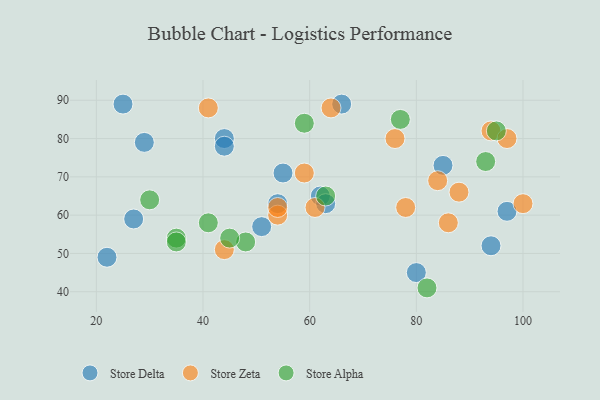
{"axis": {"x": "GDP", "y": "Life Expectancy"}, "legend": ["Store Alpha", "Store Delta", "Store Zeta"], "data": [{"x": "80", "y": 45, "type": "Store Delta"}, {"x": "25", "y": 89, "type": "Store Delta"}, {"x": "22", "y": 49, "type": "Store Delta"}, {"x": "44", "y": 80, "type": "Store Delta"}, {"x": "66", "y": 89, "type": "Store Delta"}, {"x": "85", "y": 73, "type": "Store Delta"}, {"x": "97", "y": 61, "type": "Store Delta"}, {"x": "27", "y": 59, "type": "Store Delta"}, {"x": "62", "y": 65, "type": "Store Delta"}, {"x": "63", "y": 63, "type": "Store Delta"}, {"x": "55", "y": 71, "type": "Store Delta"}, {"x": "44", "y": 78, "type": "Store Delta"}, {"x": "54", "y": 63, "type": "Store Delta"}, {"x": "94", "y": 52, "type": "Store Delta"}, {"x": "51", "y": 57, "type": "Store Delta"}, {"x": "29", "y": 79, "type": "Store Delta"}, {"x": "41", "y": 88, "type": "Store Zeta"}, {"x": "94", "y": 82, "type": "Store Zeta"}, {"x": "64", "y": 88, "type": "Store Zeta"}, {"x": "54", "y": 60, "type": "Store Zeta"}, {"x": "84", "y": 69, "type": "Store Zeta"}, {"x": "78", "y": 62, "type": "Store Zeta"}, {"x": "88", "y": 66, "type": "Store Zeta"}, {"x": "86", "y": 58, "type": "Store Zeta"}, {"x": "97", "y": 80, "type": "Store Zeta"}, {"x": "59", "y": 71, "type": "Store Zeta"}, {"x": "100", "y": 63, "type": "Store Zeta"}, {"x": "76", "y": 80, "type": "Store Zeta"}, {"x": "44", "y": 51, "type": "Store Zeta"}, {"x": "61", "y": 62, "type": "Store Zeta"}, {"x": "54", "y": 62, "type": "Store Zeta"}, {"x": "35", "y": 54, "type": "Store Alpha"}, {"x": "48", "y": 53, "type": "Store Alpha"}, {"x": "82", "y": 41, "type": "Store Alpha"}, {"x": "30", "y": 64, "type": "Store Alpha"}, {"x": "45", "y": 54, "type": "Store Alpha"}, {"x": "41", "y": 58, "type": "Store Alpha"}, {"x": "95", "y": 82, "type": "Store Alpha"}, {"x": "93", "y": 74, "type": "Store Alpha"}, {"x": "59", "y": 84, "type": "Store Alpha"}, {"x": "35", "y": 53, "type": "Store Alpha"}, {"x": "77", "y": 85, "type": "Store Alpha"}, {"x": "63", "y": 65, "type": "Store Alpha"}]}